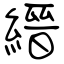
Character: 縉